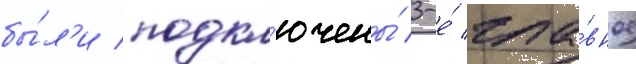
бы́л'и подкл'ючены́ 3-е́ гла́вное